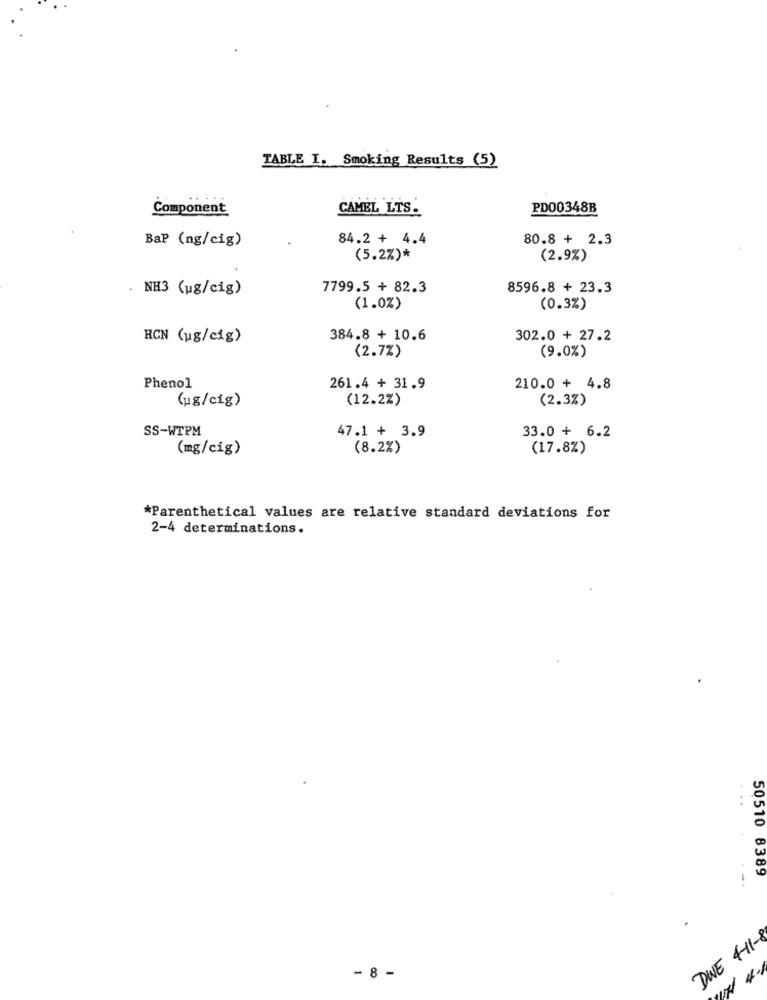
TABLE I. Smoking Results (5)
Component
CAMEL LTS.
PD00348B
BaP (ng/cig)
84.2 + 4.4
80.8 + 2.3
(5.2%)*
(2.9%)
. NH3 (ug/cig)
7799.5 + 82.3
8596.8 + 23.3
(1.0%)
(0.3%)
HCN (ug/cig)
384.8 + 10.6
302.0 + 27.2
(2.7%)
(9.0%)
Phenol
261.4 + 31.9
210.0 + 4.8
(ug/cig)
(12.2%)
(2.3%)
SS-WTPM
47.1 + 3.9
33.0 + 6.2
(mg/cig)
(8.2%)
(17.8%)
*Parenthetical values are relative standard deviations for
2-4 determinations.
...
50510 8389
DWE 4-11-8
- 8 -